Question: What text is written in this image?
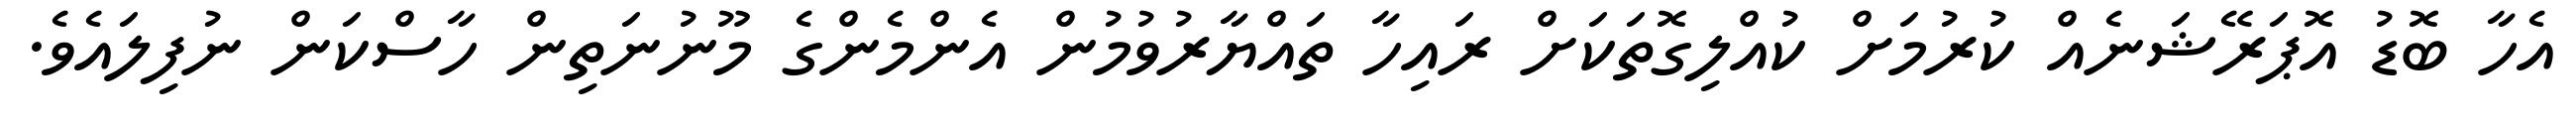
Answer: އެހާ ބޮޑު އޮޕަރޭޝަނެއް ކުރުމަށް ކުއްލިގޮތަކަށް ރައިހާ ތައްޔާރުވުމުން އެންމެންގެ މޫނުނަތިން ހާސްކަން ނުފިލައެވެ.